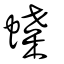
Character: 蝶